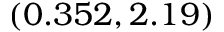
( 0 . 3 5 2 , 2 . 1 9 )